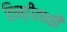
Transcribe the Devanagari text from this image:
तिन्हीताळी